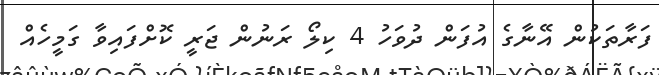
ފަރާތަކުން އޭނާގެ އުފަން ދުވަހު 4 ކިލޯ ރަނުން ޖަރީ ކޮށްފައިވާ ގަމީހެއް